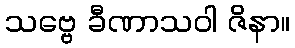
သဗ္ဗေ ခီဏာသဝါ ဇိနာ။